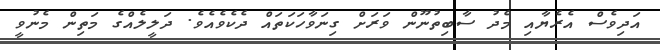
އަދިވެސް އެރެޔާއި މެދު ސާބިތުނޫން ވަރަށް ގިނަވާހަކަތައް ދެކެވެއެވެ. ދަލީލެއްގެ މަތިން މެނުވީ